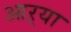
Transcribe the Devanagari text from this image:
आऱ्या